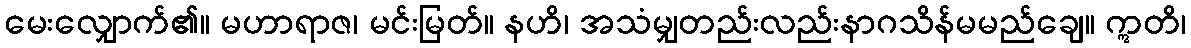
မေးလျှောက်၏။ မဟာရာဇ၊ မင်းမြတ်။ နဟိ၊ အသံမျှတည်းလည်းနာဂသိန်မမည်ချေ။ ဣတိ၊